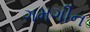
ગમગીન